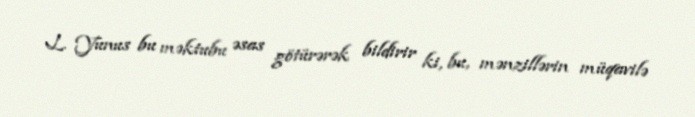
L. Yunus bu məktubu əsas götürərək bildirir ki, bu, mənzillərin müqavilə